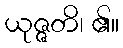
ယုဇ္ဇတိ၊ ၏။